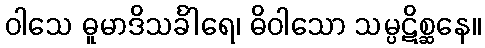
ဝါသေ ဓူမာဒိသင်္ခါရေ၊ ဓိဝါသော သမ္ပဋိစ္ဆနေ။